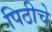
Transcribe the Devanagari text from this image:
पिठीचे